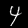
Digit: 4